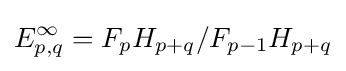
E_{p,q}^{\infty }=F_{p}H_{p+q}/F_{p-1}H_{p+q}